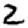
Digit: 2